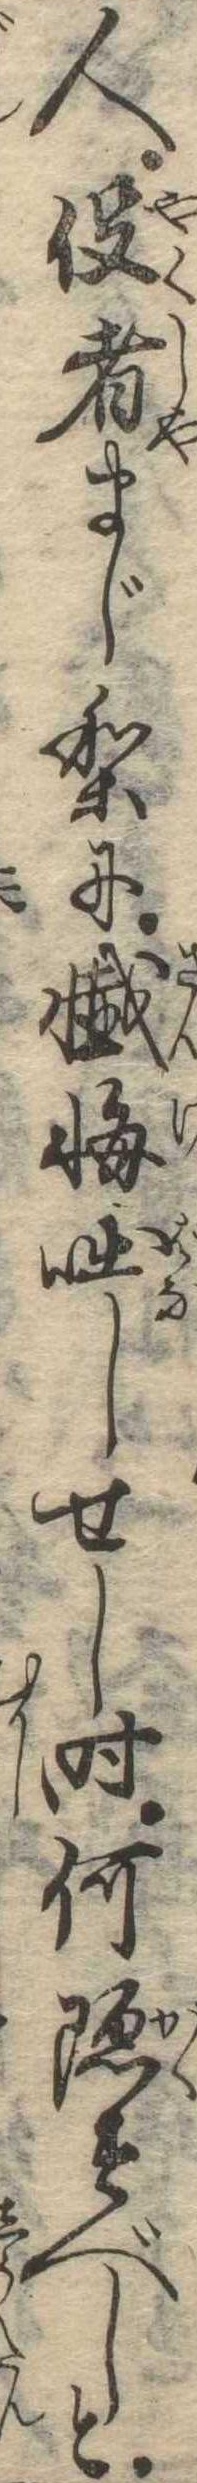
人役者まじりに懺悔咄しせし時何隠すべしと